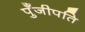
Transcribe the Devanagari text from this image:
पुँजीपति